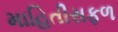
માહિતીસફળ